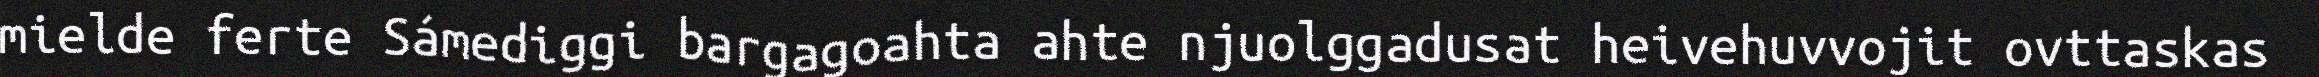
mielde ferte Sámediggi bargagoahta ahte njuolggadusat heivehuvvojit ovttaskas